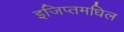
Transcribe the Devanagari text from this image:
इजिप्तमधिल